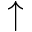
\uparrow